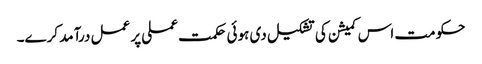
حکومت اس کمیشن کی تشکیل دی ہوئی حکمت عملی پر عمل درآمد کرے۔